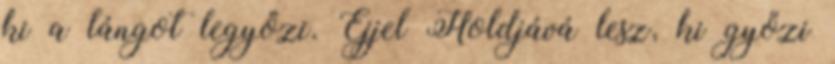
ki a lángot legyőzi. Éjjel Holdjává lesz, ki győzi